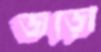
জড়ো